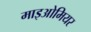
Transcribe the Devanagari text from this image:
माइओमियर